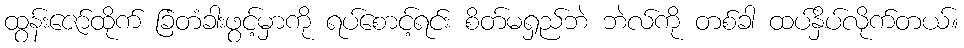
ထွန်းဇော်ထိုက် ခြံတံခါးဖွင့်မှာကို ရပ်စောင့်ရင်း စိတ်မရှည်ဘဲ ဘဲလ်ကို တစ်ခါ ထပ်နှိပ်လိုက်တယ်။